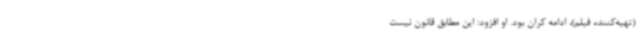
(تهیه‌کننده فیلم)، ادامه کران بود. او افزود: این مطابق قانون نیست